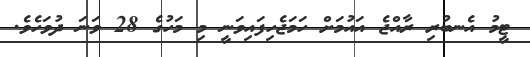
ޓީމު އެނބުރި ރާއްޖެ އައުމަށް ހަމަޖެހިފައިވަނީ މި މަހުގެ 28 ވަނަ ދުވަހެވެ.